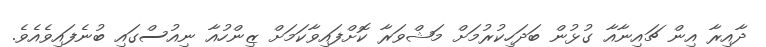
ދާއިރާ އިން ޗައިނާއާ ގުޅުން ބަދަހިކުރުމަށް މަޝްވަރާ ކޮށްފައިވާކަމަށް ޒިންހުއާ ނިއުސްގައި ބުނެފައިވެއެވެ.